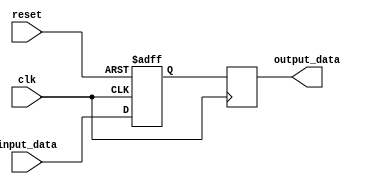
module variable_width_bypass_register (
    input clk,
    input reset,
    input [7:0] input_data,
    output reg [7:0] output_data
);

reg [7:0] internal_reg;

always @(posedge clk or posedge reset) begin
    if (reset) begin
        internal_reg <= 8'b0;
    end else begin
        internal_reg <= input_data;
    end
end

always @(posedge clk) begin
    output_data <= internal_reg;
end

endmodule